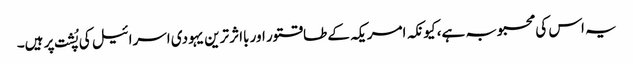
یہ اس کی محبوبہ ہے، کیونکہ امریکہ کے طاقتور اور بااثر ترین یہودی اسرائیل کی پُشت پر ہیں۔